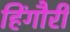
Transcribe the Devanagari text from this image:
हिंगौरी